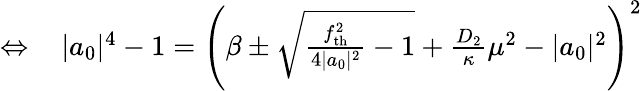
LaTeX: \begin{array}{rl}{\Leftrightarrow\, }&{{}|a_{0}|^{4}-1=\left(\beta\pm\sqrt{\frac{f_{\mathrm{th}}^{2}}{4|a_{0}|^{2}}-1}+\frac{D_{2}}{\kappa}\mu^{2}-|a_{0}|^{2}\right)^{2}}\end{array}